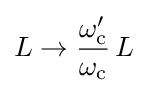
L\to {\frac {\omega _{\text{c}}'}{\omega _{\text{c}}}}\,L